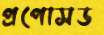
প্রপোসড